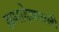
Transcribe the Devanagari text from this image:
क्रमादेशावली